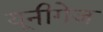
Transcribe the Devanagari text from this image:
यूनीगेज